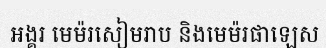
អង្គរ មេម៉រសៀមរាប និងមេម៉រផាឡេស